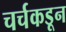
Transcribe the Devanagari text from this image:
चर्चकडून